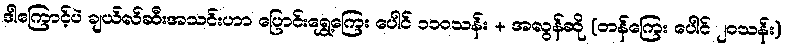
ဒါကြောင့်ပဲ ချယ်လ်ဆီးအသင်းဟာ ပြောင်းရွှေ့ကြေး ပေါင် ၁၁၀သန်း + အလွန်ဆို (တန်ကြေး ပေါင် ၂၀သန်း)